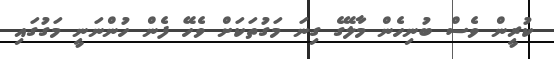
ކުރީން ވެސް ބުނިހެން މާލޭގެ ގިނަ މަގުތަކަށް ވެހޭ ފެން ހުންނަނީ މަގުގައި